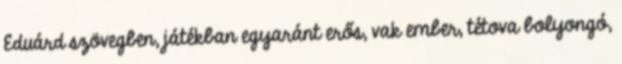
Eduárd szövegben, játékban egyaránt erős, vak ember, tétova bolyongó,